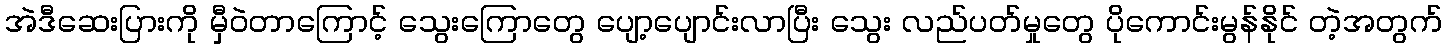
အဲဒီဆေးပြားကို မှီဝဲတာကြောင့် သွေးကြောတွေ ပျော့ပျောင်းလာပြီး သွေး လည်ပတ်မှုတွေ ပိုကောင်းမွန်နိုင် တဲ့အတွက်